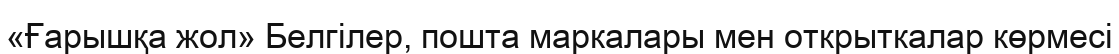
«Ғарышқа жол» Белгілер, пошта маркалары мен открыткалар көрмесі